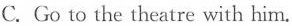
C. Go to the theatre with him.